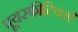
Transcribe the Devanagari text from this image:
पूयस्फीटिकाएँ